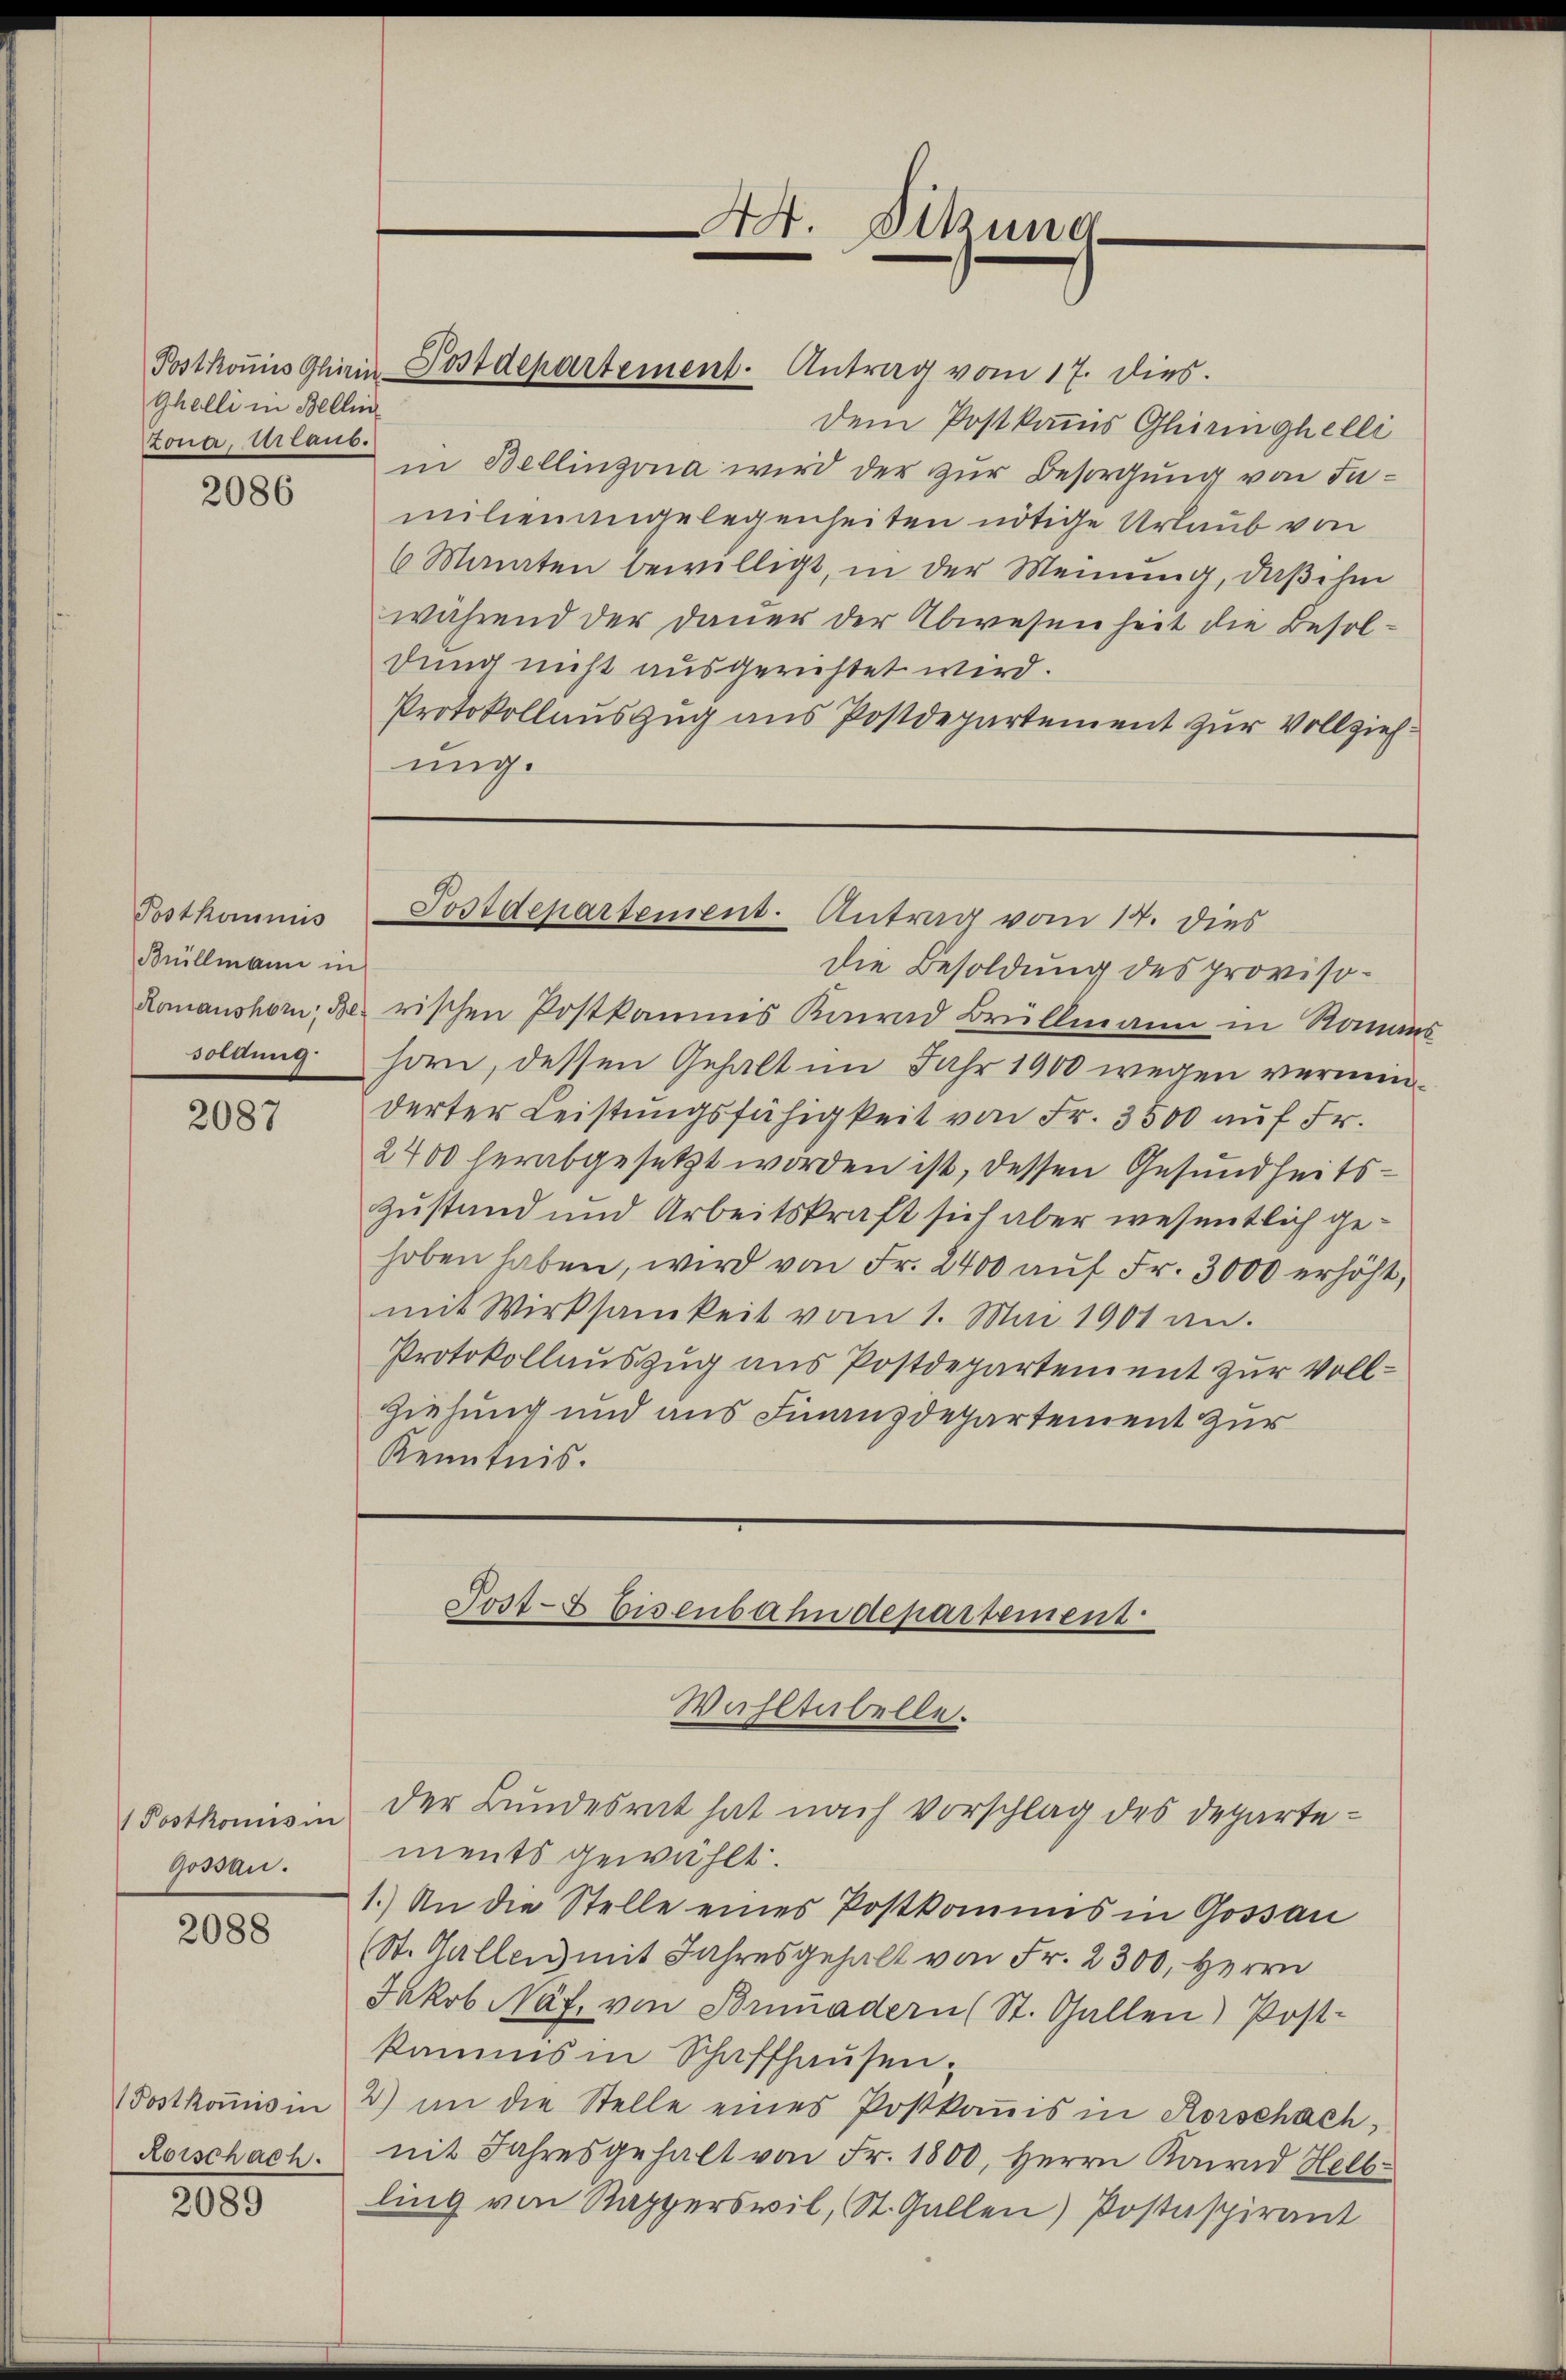
Ghelli in Bellin
Konce, Urlaub.

2086

Postkommis
Büillmann in
dornung

2087

/ Postkomisin
Gossau.

2088

Postkoṁisin

2089

Postkoṁis Glein Postdepartement. Antrag vom 17. dies.

Adt. Dikund

Postdepartement. Antrag vom 14. dies

Die Besoldung des proviso¬
Romanshorn, des rischen Postkaunis Konrad Brüllmann in Romans
horn, dessen Gehalt im Jahr 1900 wegen verminderter Leistungsfähigkeit von Fr. 3500 auf Fr.
2400 herabgesetzt worden ist, dessen Gesundheitszustand und Arbeitskraft sich aber wesentlich gehoben haben, wird von Fr. 2400 auf Fr. 3000 erhöht,
mit Wirksamkeit vom 1. Mai 1901 an.
Protokollauszug uns Postdepartement zur Voll¬
Ziehung und aus Finanzdepartement zur
Kenntnis.

dem Postkommis Gliringhelli
in Bellinzona wird der zur Besorgung von Inmilienangelegenheiten nötige Urlaub von
6 Manten bewilligt, in der Meinung, daß ihm
während der Dauer der Abwesenheit die Besoldung nicht ausgerichtet wird.
Protokollauszug aus Postdepartement zur Vollziehung.

ments gewählt.
1.) An die Stelle eines Postkommis in Gossau
(St. Gallen mit Jahresgehalt von Fr. 2300. Herrn
Jakob Näf, von Brunadern (St. Gallen) Post-
kamms in Schaffhausen.
2) in die Stelle eines Postkoṁis in Rorschach,
Rorschach. mit Jahresgehalt von Fr. 1800. Herrn Kand Helb
ling von Rapperswil, St. Gallen) Postaspirant

Jost- & Eisenbahndepartement
Wahltübelle.
der Bundesrat hat nach Vorschlag des Departe¬